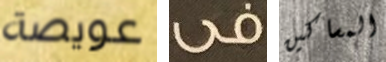
عويصة فى المساكين